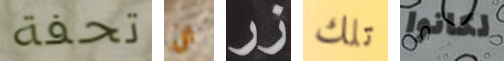
تحفة ان زر تلك لكانوا